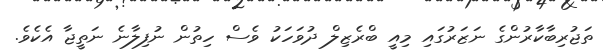
ތަޖުރިބާކާރުންގެ ނަޒަރުގައި މިއީ ބްރެޒިލް ދުވަހަކު ވެސް ހިތުން ނުފިލާނެ ނަތީޖާ އެކެވެ.